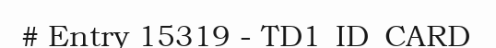
# Entry 15319 - TD1_ID_CARD